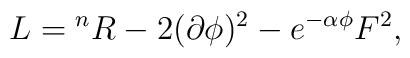
L={}^nR-2(\partial\phi)^2-e^{-\alpha\phi}F^2,